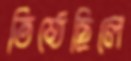
তিষ্ঠেছিলে